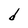
Character: d